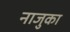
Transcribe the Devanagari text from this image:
नाजुका